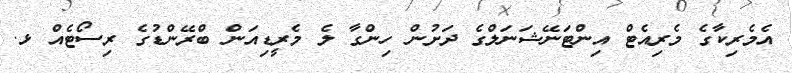
އެމެރިކާގެ މެރިއެޓް އިންޓަނޭޝަނަލްގެ ދަށުން ހިންގާ ލެ މެރީޑިއަން ބްރޭންޑުގެ ރިސޯޓެއް ޅ.